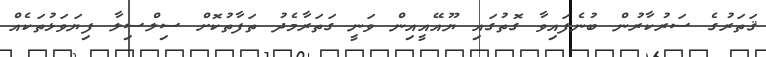
ޤަތަރުގެ ސަރުކާރުން ބުނެފައިވާ ގޮތުގައި ޔޫއޭއީއިން ވަނީ ގަތަރާމެދު ތަފާތުކޮށް ސިލްސިލާ ފިޔަވަޅުތަކެއް